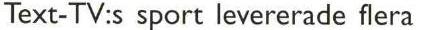
Text-TV:s sport levererade flera